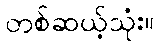
တစ်ဆယ့်သုံး။